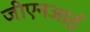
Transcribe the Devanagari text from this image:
जीएनआई